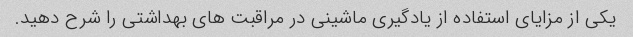
یکی از مزایای استفاده از یادگیری ماشینی در مراقبت های بهداشتی را شرح دهید.